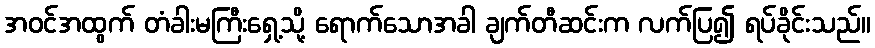
အဝင်အထွက် တံခါးမကြီးရှေ့သို့ ရောက်သောအခါ ချက်တီဆင်းက လက်ပြ၍ ရပ်ခိုင်းသည်။